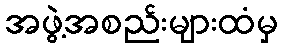
အဖွဲ့အစည်းများထံမှ